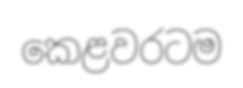
කෙළවරටම